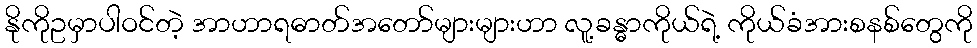
နိုကိုဥမှာပါဝင်တဲ့ အာဟာရဓာတ်အတော်များများဟာ လူ့ခန္ဓာကိုယ်ရဲ့ ကိုယ်ခံအားစနစ်တွေကို